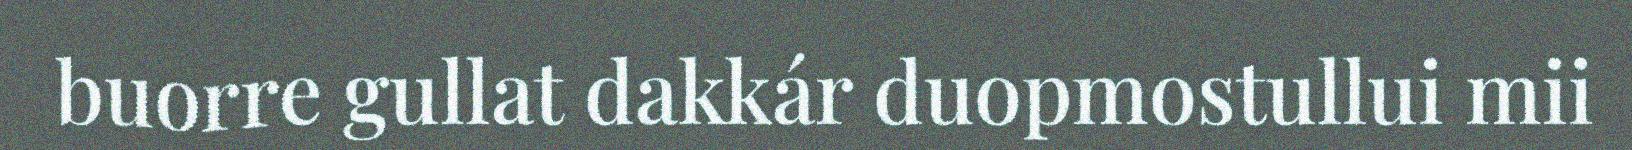
buorre gullat dakkár duopmostullui mii